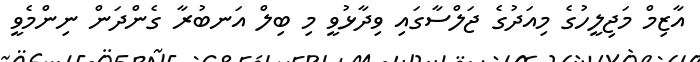
އާޒިމް މަޖިލީހުގެ މިއަދުގެ ޖަލްސާގައި ވިދާޅުވީ މި ބިލް އަނބުރާ ގެންދަން ނިންމެވީ